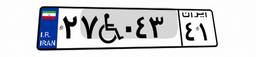
۲۷W۰۴۳۴۱